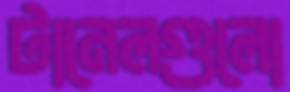
টানেলগুলো